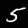
Digit: 5